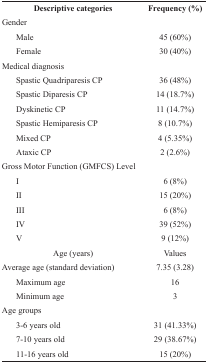
| Descriptive categories | Frequency (%) |
 | --- | --- |
 | Gender |  |
 | Male | 45 (60%) |
 | Female | 30 (40%) |
 | Medical diagnosis |  |
 | Spastic Quadriparesis CP | 36 (48%) |
 | Spastic Diparesis CP | 14 (18.7%) |
 | Dyskinetic CP | 11 (14.7%) |
 | Spastic Hemiparesis CP | 8 (10.7%) |
 | Mixed CP | 4 (5.35%) |
 | Ataxic CP | 2 (2.6%) |
 | Gross Motor Function (GMFCS) Level |  |
 | I | 6 (8%) |
 | II | 15 (20%) |
 | III | 6 (8%) |
 | IV | 39 (52%) |
 | V | 9 (12%) |
 | Age (years) | Values |
 | Average age (standard deviation) | 7.35 (3.28) |
 | Maximum age | 16 |
 | Minimum age | 3 |
 | Age groups |  |
 | 3-6 years old | 31 (41.33%) |
 | 7-10 years old | 29 (38.67%) |
 | 11-16 years old | 15 (20%) |